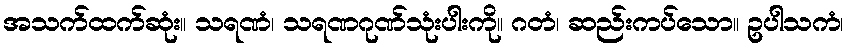
အသက်ထက်ဆုံး။ သရဏံ၊ သရဏဂုဏ်သုံးပါးကို။ ဂတံ၊ ဆည်းကပ်သော။ ဥပါသကံ၊